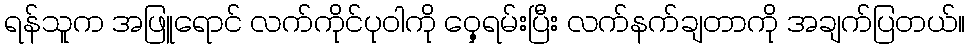
ရန်သူက အဖြူရောင် လက်ကိုင်ပုဝါကို ဝှေ့ရမ်းပြီး လက်နက်ချတာကို အချက်ပြတယ်။